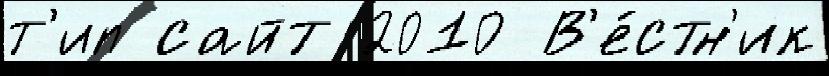
т'ип сайт 2010 В'е́стн'ик